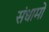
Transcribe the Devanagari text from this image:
संधामों